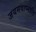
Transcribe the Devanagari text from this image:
जयमवाप्नोति